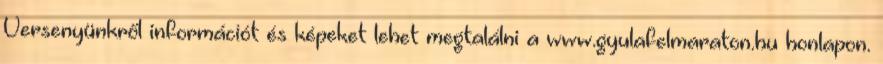
Versenyünkről információt és képeket lehet megtalálni a www.gyulafelmaraton.hu honlapon.